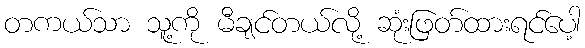
တကယ်သာ သူ့ကို မီချင်တယ်လို့ ဆုံးဖြတ်ထားရင်ပေါ့